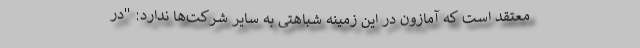
معتقد است که آمازون در این زمینه شباهتی به سایر شرکت‌ها ندارد: "در